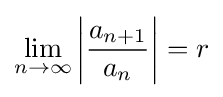
\lim _{n\to \infty }\left|{\frac {a_{n+1}}{a_{n}}}\right|=r